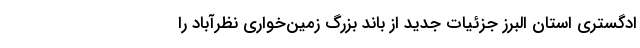
ادگستری استان البرز جزئیات جدید از باند بزرگ زمین‌خواری نظرآباد را